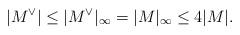
LaTeX: \begin{align*}|M^\vee|\le |M^\vee|_\infty=|M|_\infty\le 4|M|.\end{align*}